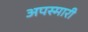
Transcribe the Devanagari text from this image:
अपस्मारी